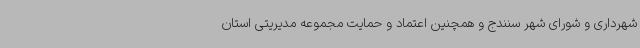
شهرداری و شورای شهر سنندج و همچنین اعتماد و حمایت مجموعه مدیریتی استان